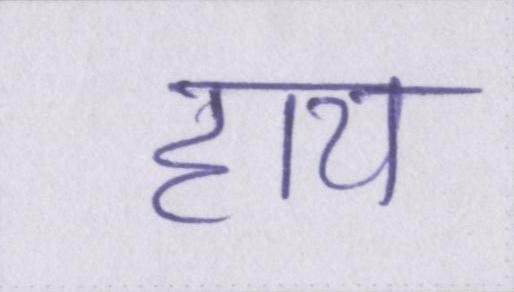
हाय